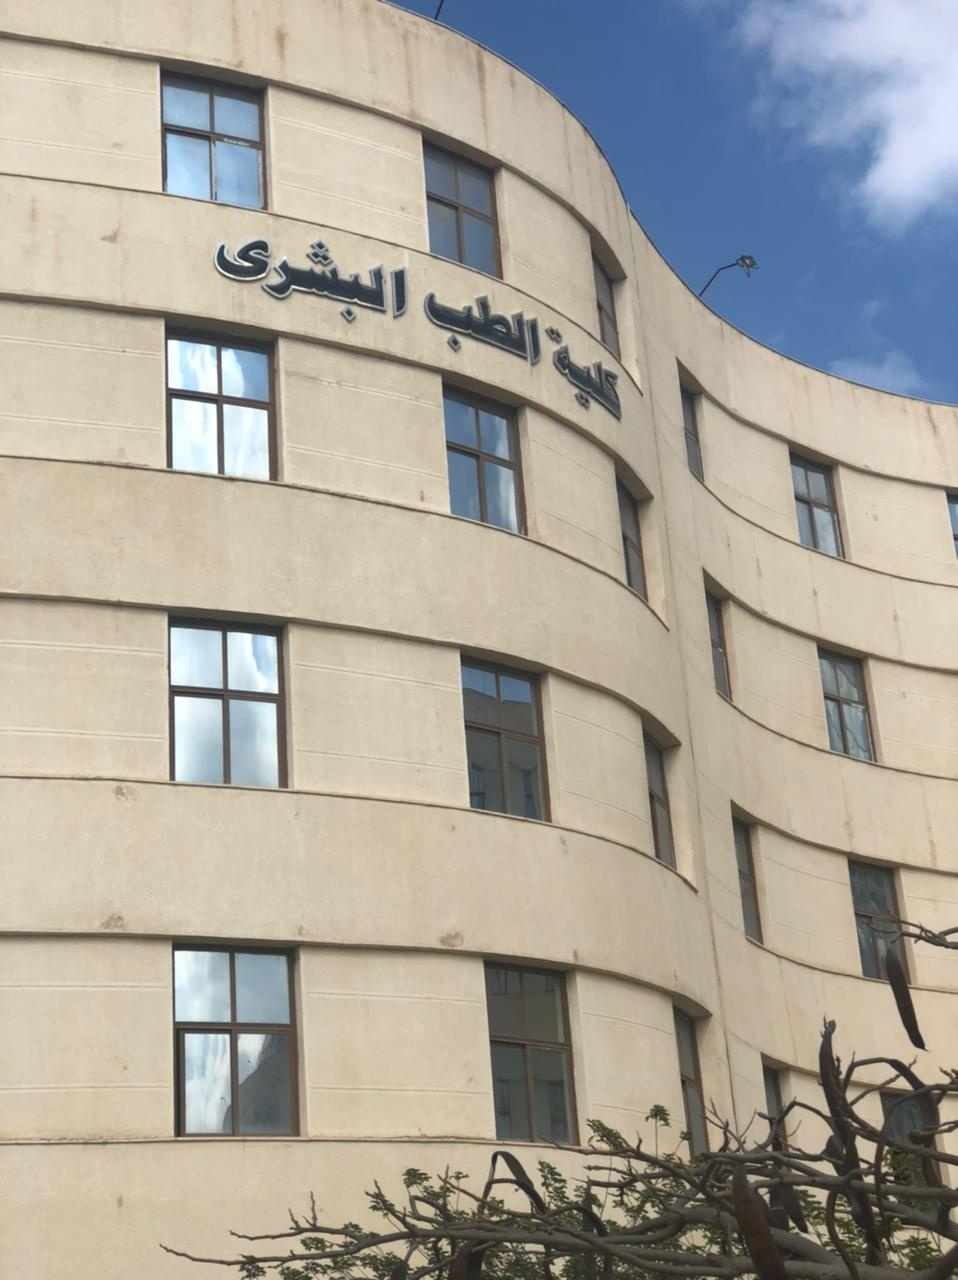
Text in image: البشرى الطب كلية